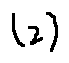
( 2 )